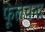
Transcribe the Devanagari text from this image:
फूलचन्द्र